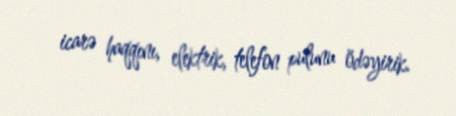
icarə haqqını, elektrik, telefon pulunu ödəyirik.